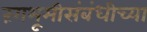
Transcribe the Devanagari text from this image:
रंगभूमीसंबंधीच्या